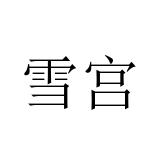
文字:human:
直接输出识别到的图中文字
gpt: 雪宫